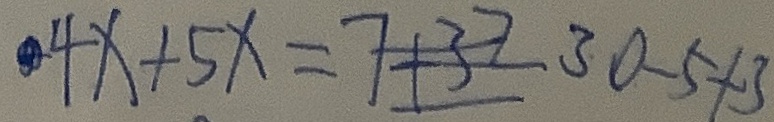
4 x + 5 x = 7 + 3 2 3 0 - 5 + 3